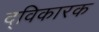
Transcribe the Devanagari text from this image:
द्विकारक